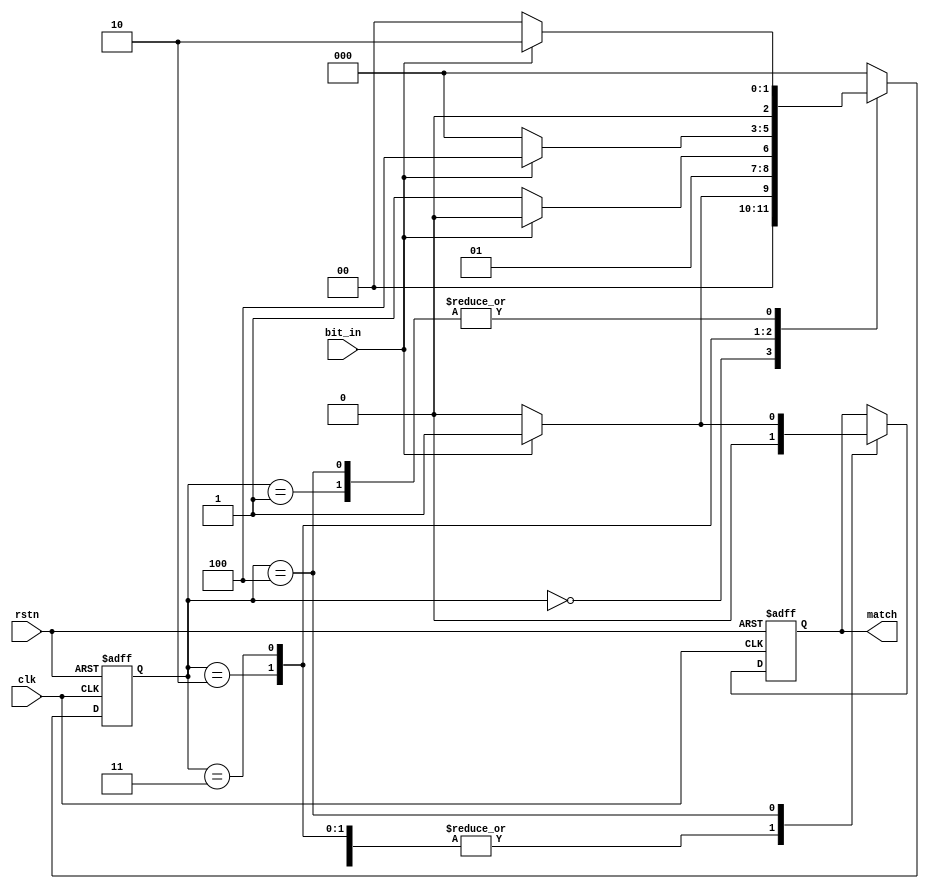
`timescale 1 ns/1 ns

module bit_string_pattern( clk, rstn, bit_in, match);
	input 	clk, rstn, bit_in;
	output	match; 	
	
	reg		match; 
	reg		[2:0] beforematch;
	
	//sequential circuit
	always@(posedge clk or negedge rstn)
	begin
		if(!rstn)begin
		match	 	<= 1'b0;
		beforematch <= 3'd0;
		end
		else 
		 case(beforematch)
		 //ZERO
		 'd0 : if(bit_in == 1'b1)begin
				beforematch <= 3'd1;
				match		<= 1'b0;
				end
			else begin
				beforematch <= 3'd0;
				match		<= 1'b0;
				end
		 //P : 1	
		 'd1 : if(bit_in == 1'b1)begin
				beforematch <= 3'd2;
				match		<= 1'b0;
				end
		       else begin
				beforematch <= 3'd0;
				match		<= 1'b0;
			    end
		 // A : 0
		 'd2 : if(bit_in == 1'b0)begin
				beforematch <= 3'd3;
				match		<= 1'b0;
				end
		       else begin
				beforematch <= 3'd2;
				match		<= 1'b0;
				end
				
		 //B  : 1
		 'd3 : if(bit_in == 1'b1)begin
				beforematch <= 3'd4;
				match		<= 1'b0;
				end
		       else begin
				beforematch <= 3'd0;
				match		<= 1'b0;
				end
		
		//C  :  1
		 'd4 :  if(bit_in == 1'b1)begin
				beforematch <= 3'd2;
				match		<= 1'b1;
				end
			else begin
				beforematch <= 3'd0;
				match		<= 1'b0;
				end
				
		 default:
				beforematch <= 3'd0; 
		endcase		
	end
	
	endmodule